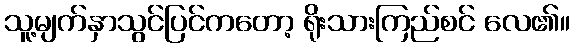
သူ့မျက်နှာသွင်ပြင်ကတော့ ရိုးသားကြည်စင် လေ၏။